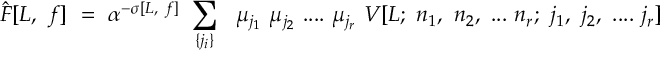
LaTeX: { \hat { F } [ L , ~ f ] } ~ = ~ \alpha ^ { - \sigma [ L , ~ f ] } ~ \sum _ { \{ j _ { i } \} } ~ ~ \mu _ { j _ { 1 } } ~ \mu _ { j _ { 2 } } ~ . . . . ~ \mu _ { j _ { r } } ~ V [ L ; ~ n _ { 1 } , ~ n _ { 2 } , ~ . . . ~ n _ { r } ; ~ j _ { 1 } , ~ j _ { 2 } , ~ . . . . ~ j _ { r } ]